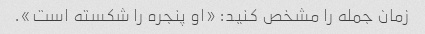
زمان جمله را مشخص کنید: «او پنجره را شکسته است».